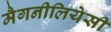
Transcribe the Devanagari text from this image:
मैगनीलियेसी